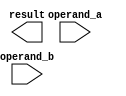
module booth_multiplier(
  input [3:0] operand_a,
  input [3:0] operand_b,
  output reg [7:0] result
);

reg [3:0] partial_product;
reg [3:0] accumulator;
reg [1:0] control;

always @(*) begin
  case(control)
    2'b00: begin: shift_left
      partial_product <= {partial_product[2:0], 1'b0};
      accumulator <= {1'b0, accumulator[3:1]};
    end
    2'b01: begin: shift_right
      partial_product <= {1'b0, partial_product[3:1]};
      accumulator <= {accumulator[2:0], 1'b0};
    end
    2'b10: begin: add_operand_b
      partial_product <= partial_product + operand_b;
      accumulator <= accumulator;
    end
    2'b11: begin: subtract_operand_b
      partial_product <= partial_product - operand_b;
      accumulator <= accumulator;
    end
    default: begin: default_case
      partial_product <= partial_product;
      accumulator <= accumulator;
    end
  endcase
end

always @(posedge clk) begin
  if(overflow_condition) begin
    // handle overflow condition
  end
end

endmodule